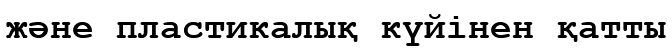
және пластикалық күйінен қатты